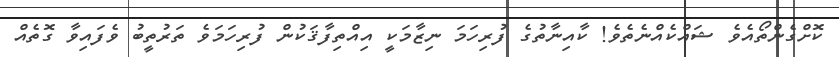
ކޮށްގެންތޯއެވެ ޝައްކެއްނެތެވެ! ކާއިނާތުގެ ފުރިހަމަ ނިޒާމަކީ އިއްތިފާޤަކުން ފުރިހަމަވެ ތަރުތީބު ވެފައިވާ ގޮތެއް